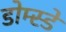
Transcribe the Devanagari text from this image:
डोम्स्डे